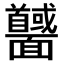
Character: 𩉕